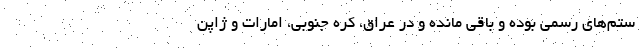
ستم‌های رسمی بوده و باقی مانده و در عراق، کره جنوبی، امارات و ژاپن